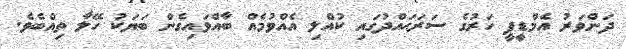
ދަންވަރު އެމްޑީޕީ ހަރުގެ ސަރަޙައްދުގައި ކުއްލި އެއްވުމެއް ބާއްވައިގެން ބަޔަކު ހޭލާ ތިއްބެވެ.